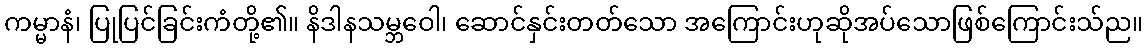
ကမ္မာနံ၊ ပြုပြင်ခြင်းကံတို့၏။ နိဒါနသမ္ဘဝေါ၊ ဆောင်နှင်းတတ်သော အကြောင်းဟုဆိုအပ်သောဖြစ်ကြောင်းသ်ည။